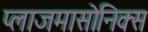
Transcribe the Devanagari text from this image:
प्लाजमासोनिक्स